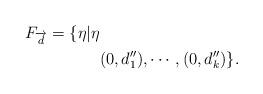
LaTeX: \begin{align*}F_{\overrightarrow{d}}=\{\eta\vert\eta & \\& (0,{d}''_1),\cdots,(0,{d}''_k)\}.\end{align*}